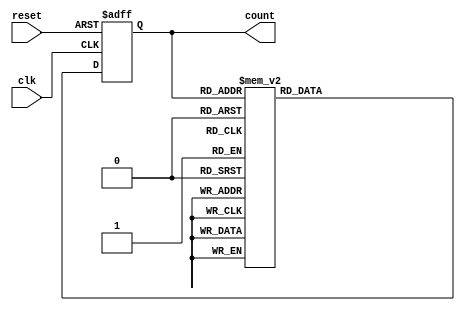
module async_counter (
    input wire clk,           // Clock input
    input wire reset,         // Asynchronous reset input
    output reg [2:0] count    // 3-bit output count
);

// T-flip-flop behavior using always block
always @(posedge clk or posedge reset) begin
    if (reset) begin
        count <= 3'b000; // Reset count to 0
    end else begin
        case (count)
            3'b000: count <= 3'b001;
            3'b001: count <= 3'b010;
            3'b010: count <= 3'b011;
            3'b011: count <= 3'b100;
            3'b100: count <= 3'b101;
            3'b101: count <= 3'b110;
            3'b110: count <= 3'b111;
            3'b111: count <= 3'b000; // Overflow back to 0
            default: count <= 3'b000; // Default case (not really needed)
        endcase
    end
end

endmodule